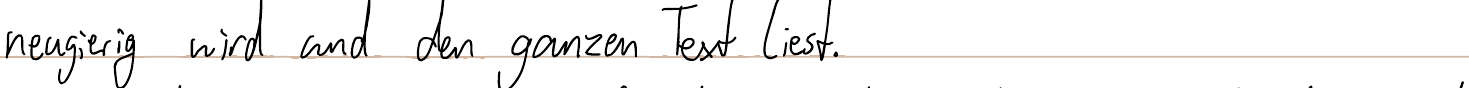
neugierig wird und den ganzen Text liest.